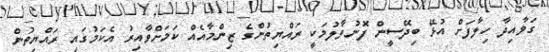
ގަވާއިދާ ހިލާފަށް އުޅޭ ބިދޭސީން ފޮނުވާލުމަކީ ރައްޔިތުންގެ ޒިންމާއެއް ކަމަށްވާއިރު އެކަމުގައި ރައްޔިތުން